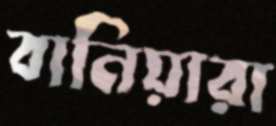
বানিয়ারা